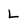
Character: L